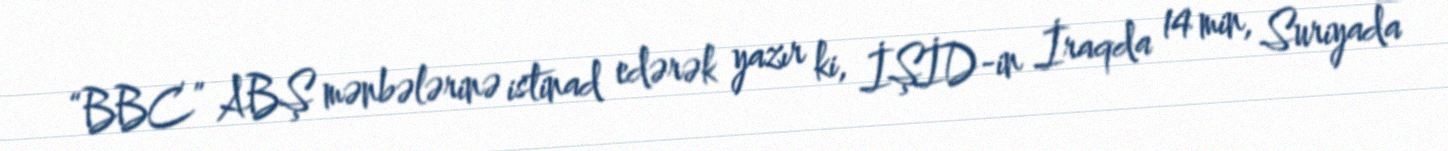
“BBC” ABŞ mənbələrinə istinad edərək yazır ki, İŞİD-in İraqda 14 min, Suriyada